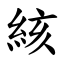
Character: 絯